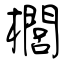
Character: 櫚